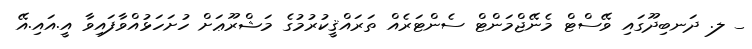
_ ލ. ދަނބިދޫގައި ވޭސްޓް މެނޭޖްމަންޓް ސެންޓަރެއް ތަރައްޤީކުުރުމުގެ މަޝްރޫޢަށް ހުށަހަޅުއްވާފައިވާ އީ.އައި.އޭ